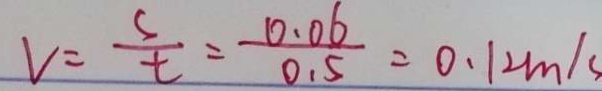
v = \frac { s } { t } = \frac { 0 . 0 6 } { 0 . 5 } = 0 . 1 2 m / s